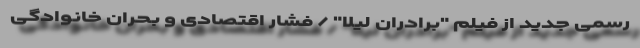
رسمی جدید از فیلم "برادران لیلا" / فشار اقتصادی و بحران خانوادگی